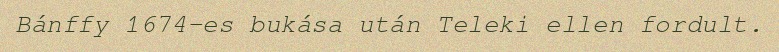
Bánffy 1674-es bukása után Teleki ellen fordult.